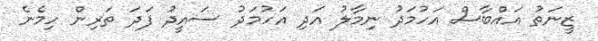
ޒީނަތު އައްބާސް އަހުމަދު ނިމާލު އަދި އަހުމަދު ސައީދު ފަދަ ތަރިން ހިމެނެ